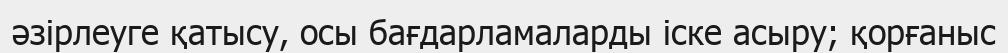
әзірлеуге қатысу, осы бағдарламаларды іске асыру; қорғаныс